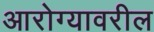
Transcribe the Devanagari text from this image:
आरोग्यावरील